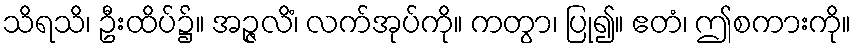
သိရသိ၊ ဦးထိပ်၌။ အဉ္ဇလိံ၊ လက်အုပ်ကို။ ကတွာ၊ ပြု၍။ ဧတံ၊ ဤစကားကို။